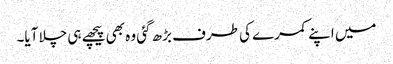
میں اپنے کمرے کی طرف بڑھ گئی وہ بھی پیچھے ہی چلا آیا۔